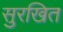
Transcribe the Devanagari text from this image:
सुरखित